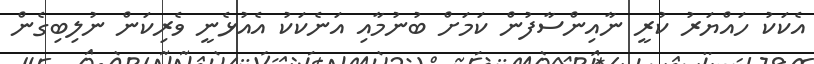
އެކަކު ހައްޔަރު ކުރީ ނާއިންސާފުން ކަމަށް ބުނުމާއި އަނެކަކު އެއުޅެނީ ވެރިކަން ނުލިބިގެން